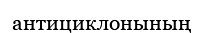
антициклонының